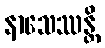
နာသေဿန္တိ